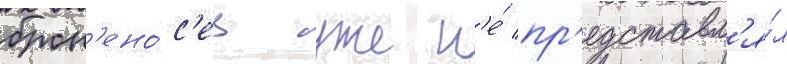
брон'ено́с'ец уже н'е́ пр'едставл'я́л